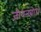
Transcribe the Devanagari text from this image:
जीवनबोध